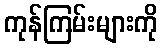
ကုန်ကြမ်းများကို